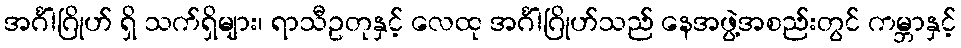
အင်္ဂါဂြိုဟ် ရှိ သက်ရှိများ၊ ရာသီဥတုနှင့် လေထု အင်္ဂါဂြိုဟ်သည် နေအဖွဲ့အစည်းတွင် ကမ္ဘာနှင့်